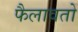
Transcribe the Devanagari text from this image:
फैलावतो